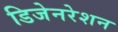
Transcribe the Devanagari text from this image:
डिजेनरेशन